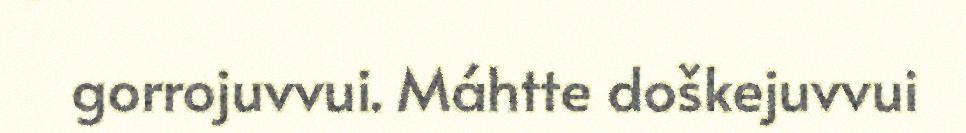
gorrojuvvui. Máhtte doškejuvvui